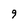
Character: 9